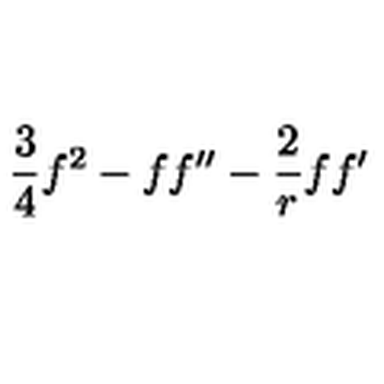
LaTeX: { \frac { 3 } { 4 } } f ^ { 2 } - f f ^ { \prime \prime } - { \frac { 2 } { r } } f f ^ { \prime }